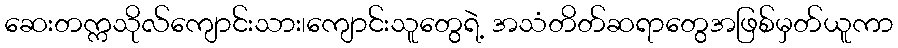
ဆေးတက္ကသိုလ်ကျောင်းသား၊ကျောင်းသူတွေရဲ့ အသံတိတ်ဆရာတွေအဖြစ်မှတ်ယူကာ